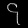
Digit: ၄